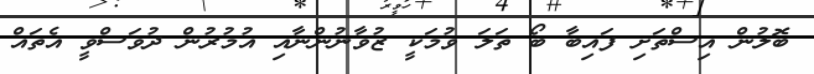
ބޮލުން އިސްތަށި ފައިިބާ ބޯ ތަލަ ވުމަކީ ޒުވާނުންނާއި އުމުރުން ދުވަސްވީ އެތައް